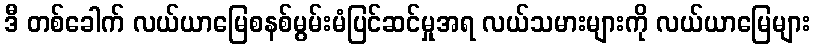
ဒီ တစ်ခေါက် လယ်ယာမြေစနစ်မွမ်းမံပြင်ဆင်မှုအရ လယ်သမားများကို လယ်ယာမြေများ